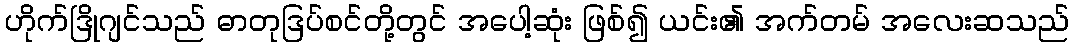
ဟိုက်ဒြိုဂျင်သည် ဓာတုဒြပ်စင်တို့တွင် အပေါ့ဆုံး ဖြစ်၍ ယင်း၏ အက်တမ် အလေးဆသည်